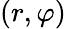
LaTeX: \left(r,\varphi\right)